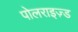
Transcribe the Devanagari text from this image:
पोलराइज़्ड